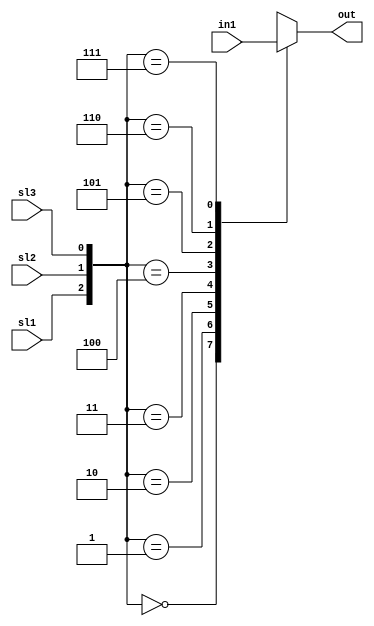
module eightToOneMUX(out, in1,sl1,sl2,sl3);
output out;
input[0:7] in1;
input sl1,sl2,sl3;
reg out;

always @(sl1 or sl2 or sl3)
begin

case ({sl1,sl2,sl3})
3'b000 : out =in1[0]; 
3'b001 : out =in1[1]; 
3'b010 : out =in1[2];
3'b011 : out =in1[3];

3'b100 : out =in1[4]; 
3'b101 : out =in1[5]; 
3'b110 : out =in1[6];
3'b111 : out =in1[7];

endcase
end
endmodule

//-----------------------------------------

module m21( D0, D1, S, Y);
input D0, D1, S;
output reg Y;

always @(*)
begin

if(S) 
Y= D1;
else
Y=D0;

end
endmodule

//--------------------------------------------

module mainComparator(in1,in2,CO);
input [0:7]in1;
input [0:7]in2;
output CO;

wire w1,w2,w3,w4,w5,w6,w7,w8,w9,w10,w11,w12w,w13,w14,w15,w16,w17,w18,w19,w20,w21,w22,w23,w24,w25;
//mux<1>----------------------
or loki(w1,in1[0],~in2[0]);

and odin(w2,in1[1],~in2[1]);

or thor(w3,in1[1],~in2[1]);

m21 M1(w3,w2,w1,w4);

//mux<2> & mux<3>----------------------
and mimir(w5,in1[2],~in2[2]);
or magni(w6,in1[2],~in2[2]);//selection mux<3>
or modi(w7,in1[3],~in2[3]);
and hela(w8,in1[3],~in2[3]);

m21 M2(w7,w8,w5,w9);
m21 M3(w7,w8,w6,w10);

//mux<4> & mux<5>------------------------
and brok(w11,in1[4],~in2[4]);//selection mux<4>
or sindri(w12,in1[4],~in2[4]);//selction mux<5>
or bualder(w13,in1[5],~in2[5]);
and surtr(w14,in1[5],~in2[5]);

m21 M4(w13,w14,w11,w15);
m21 M5(w13,w14,w12,w16);

//mux<6> & mux<7>-------------------------
and frigg(w17,in1[6],~in2[6]);//selction mux<6>
or  freya(w18,in1[6],~in2[6]);//selection mux<7>
or  freyr(w19,in1[7],~in2[7]);
and tyr(w20,in1[7],~in2[7]);

m21 M6(w19,w20,w17,w21);
m21 M7(w19,w20,w18,w22);


//mux<8>------------------------------------
m21 M8(w10,w9,w4,w23);

//mux<9>------------------------------------
m21 M9(w22,w21,w15,w24);

//mux<10>-----------------------------------
m21 M10(w22,w21,w16,w25);
//mux<11> Output (CO)-----------------------
m21 M11(w25,w24,w23,CO);

endmodule
//----------------------------------------------

module cs(A,B,C,maxz,midz,minz);
input [0:7]A;
input [0:7]B;
input [0:7]C;


wire [0:7]y;
assign y = A|B|C;

output [0:7]maxz,minz,midz;

wire CO1,CO2,CO3;
wire maxy,midy,miny;

mainComparator A_B(A,B,CO1);
mainComparator A_C(A,C,CO2);
mainComparator B_C(B,C,CO3);

eightToOneMUX ty(maxy,y,CO1,CO2,CO3);
eightToOneMUX tz(midy,y,CO1,CO2,CO3);
eightToOneMUX tx(miny,y,CO1,CO2,CO3);

assign maxz = { {8{maxy}}, maxy};
assign minz = { {8{miny}}, miny};
assign midz = { {8{midy}}, midy};

endmodule

//----------------------------------------------------------

module medianFilter(P1,P2,P3,P4,P5,P6,P7,P8,P9,Median);
input [0:7]P1,P2,P3,P4,P5,P6,P7,P8,P9;
output [0:7]Median;


wire [0:7]D1,D2,D3,D4,D5,D6,D7,D8,D9,D10,D11,D12,D13,D14,D15,D16,D17,D18,D19,D20,D21;

cs cs1(P1,P2,P3,D1,D2,D3);
cs cs2(P4,P5,P6,D4,D5,D6);
cs cs3(P7,P8,P9,D7,D8,D9);
cs cs4(D1,D4,D7,D10,D11,D12);
cs cs5(D2,D5,D8,D13,D14,D15);
cs cs6(D3,D6,D9,D16,D17,D18);
cs cs7(D12,D14,D16,D19,Median,D21);

endmodule

//--------------------------------------------
module medianFilterPipeline(out,A,B,C,clk1);
output[0:31] out;
input [0:7]A;
input [0:7]B;
input [0:7]C;
reg [0:31] out;

input clk1;

reg [0:23]IF_reg;
reg [0:95]ID_EX_reg;
reg [0:31]M_reg;


always @ (posedge clk1)//stage 1 (IF Stage)
begin

IF_reg[0:7]   <= #8 A [0:7];
IF_reg[8:15]  <= #8 B [0:7];
IF_reg[16:23] <= #8 C [0:7];
end

wire [0:7]D1,D2,D3,D4,D5,D6,D7,D8,D9,D10,D11,D12;

cs cs1(IF_reg[0:7],IF_reg[8:15],IF_reg[16:23],D1,D2,D3);
cs cs2(IF_reg[0:7],IF_reg[8:15],IF_reg[16:23],D4,D5,D6);
cs cs3(IF_reg[0:7],IF_reg[8:15],IF_reg[16:23],D7,D8,D9);
cs cs4(IF_reg[0:7],IF_reg[8:15],IF_reg[16:23],D10,D11,D12);


always @ (posedge clk1) //Stgae 2 (ID/Ex) satge
begin

ID_EX_reg[0:7]   <= D1;
ID_EX_reg[8:15]  <= D2;
ID_EX_reg[16:23] <= D3;
ID_EX_reg[24:31] <= D4;
ID_EX_reg[32:39] <= D5;
ID_EX_reg[40:47] <= D6;
ID_EX_reg[48:55] <= D7;
ID_EX_reg[56:63] <= D8;
ID_EX_reg[64:71] <= D9;
ID_EX_reg[72:79] <= D10;
ID_EX_reg[80:87] <= D11;
ID_EX_reg[88:95] <= D12;
end

wire [0:7]op1,op2,op3,op4;

medianFilter M1 (ID_EX_reg[0:7],ID_EX_reg[8:15],ID_EX_reg[16:23],ID_EX_reg[24:31],ID_EX_reg[32:39],ID_EX_reg[40:47],ID_EX_reg[24:31],ID_EX_reg[32:39],ID_EX_reg[40:47],op1);

medianFilter M2(ID_EX_reg[48:55],ID_EX_reg[56:63],ID_EX_reg[64:71],ID_EX_reg[72:79],ID_EX_reg[80:87],ID_EX_reg[88:95],ID_EX_reg[72:79],ID_EX_reg[80:87],ID_EX_reg[88:95],op2);

medianFilter M3(ID_EX_reg[0:7],ID_EX_reg[8:15],ID_EX_reg[16:23],ID_EX_reg[0:7],ID_EX_reg[8:15],ID_EX_reg[16:23],ID_EX_reg[24:31],ID_EX_reg[32:39],ID_EX_reg[40:47],op3);

medianFilter M4(ID_EX_reg[48:55],ID_EX_reg[56:63],ID_EX_reg[64:71],ID_EX_reg[48:55],ID_EX_reg[56:63],ID_EX_reg[64:71],ID_EX_reg[72:79],ID_EX_reg[80:87],ID_EX_reg[88:95],op4);

always @ (posedge clk1)
begin 

M_reg[0:7] <= op1;
M_reg[8:15] <= op2;
M_reg[16:23] <= op3;
M_reg[24:31] <= op4;
out[0:7] <= M_reg[0:7];
out[8:15] <= M_reg[7:15];
out[16:23] <= M_reg[16:23];
out[24:31] <= M_reg[24:31];

 
end
endmodule



module stage1Test;//(IF Stage).

reg [0:7]A_t,B_t,C_t;


initial

begin


A_t <= 8'b10010010;
B_t <= 8'b01010100;
C_t <= 8'b11100000;

#1 $display("IF Stage :");
#1 $display ("A = %b ",A_t, "B = %b ",B_t, "C_t = %b ",C_t);
 
end
endmodule



module stage2Test;// (ID/EX Stage).

reg [0:7]A_t,B_t,C_t;
wire [0:7]Dt1,Dt2,Dt3,Dt4,Dt5,Dt6,Dt7,Dt8,Dt9,Dt10,Dt11,Dt12;

initial

begin


A_t <= 8'b10010010;
B_t <= 8'b01010100;
C_t <= 8'b11100000;

end

cs test1(A_t,B_t,C_t,Dt1,Dt2,Dt3);
cs test2(A_t,B_t,C_t,Dt4,Dt5,Dt6);
cs test3(A_t,B_t,C_t,Dt7,Dt8,Dt9);
cs test4(A_t,B_t,C_t,Dt10,Dt11,Dt12);

initial

begin

#5 $display("ID/EX Stage : ");
#1 $display("D1 = %b ", Dt1 , "D2 = %b ", Dt2, "D3 = %b ", Dt3);
#1 $display("D4 = %b ", Dt4 , "D5 = %b ", Dt5, "D6 = %b ", Dt6);
#1 $display("D7 = %b ", Dt7 , "D8 = %b ", Dt8, "D9 = %b ", Dt9);
#1 $display("D10 = %b ", Dt10 , "D11 = %b ", Dt11,"D12 = %b ", Dt12);

end

endmodule


module Stage3Test;//(M Stage)
reg [0:7]Dt1,Dt2,Dt3,Dt4,Dt5,Dt6,Dt7,Dt8,Dt9,Dt10,Dt11,Dt12;

wire [0:7]op1,op2,op3,op4;

initial

begin
Dt1  <= 8'b10101001;
Dt2  <= 8'b00100011;
Dt3  <= 8'b11101110;
Dt4  <= 8'b11101000;
Dt5  <= 8'b00101000;
Dt6  <= 8'b11111111;
Dt7  <= 8'b00000100;
Dt8  <= 8'b00111001;
Dt9  <= 8'b00111000;
Dt10 <= 8'b11100111;
Dt11 <= 8'b10100010;
Dt12 <= 8'b11001111;
end

medianFilter test1(Dt1,Dt2,Dt3,Dt4,Dt5,Dt6,Dt4,Dt5,Dt6,op1);
medianFilter test2(Dt7,Dt8,Dt9,Dt10,Dt11,Dt12,Dt10,Dt11,Dt12,op2);
medianFilter test3(Dt1,Dt2,Dt3,Dt1,Dt2,Dt3,Dt4,Dt5,Dt6,op3);
medianFilter test4(Dt7,Dt8,Dt9,Dt7,Dt8,Dt9,Dt10,Dt11,Dt12,op4);


initial

begin

#15 $display("M Satge : ");
#1 $display("op1 = %b ",op1,"op2 = %b ",op2,"op3 = %b ",op3,"op4 = %b",op4);
end


endmodule

//--------------------------------------
module fullPipelineTest;

wire [0:31]out_t;
reg [0:7]A_t,B_t,C_t;
reg clk=0;

initial

begin


A_t <= 8'b10010010;
B_t <= 8'b01010100;
C_t <= 8'b11100000;
#1 clk = ~clk;
end 



medianFilterPipeline test1(out_t,A_t,B_t,C_t,clk);

initial

begin
  //$dumpfile("dump.vcd"); $dumpvars;

#25 $display("Full Pipeline result : ");
#1 $display("A_t = %b ", A_t, "B_t = %b ",B_t,"C_t = %b", C_t);
#1 $display("Out = %b ",out_t);
  //$finish;
end

endmodule